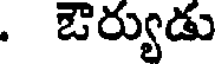
. ఔర్యుడు